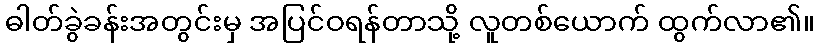
ဓါတ်ခွဲခန်းအတွင်းမှ အပြင်ဝရန်တာသို့ လူတစ်ယောက် ထွက်လာ၏။